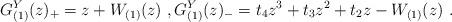
LaTeX: \begin{align*} G_{(1)}^Y(z)_+=z+W_{(1)}(z)\ ,G_{(1)}^Y(z)_-=t_4z^3+t_3z^2+t_2z-W_{(1)}(z)\ .\end{align*}